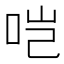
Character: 𫩯